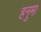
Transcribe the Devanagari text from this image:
हनुमा